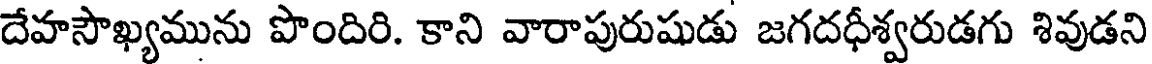
దేహసౌఖ్యమును పొందిరి. కాని వారాపురుషుడు జగదధీశ్వరుడగు శివుడని